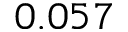
0 . 0 5 7